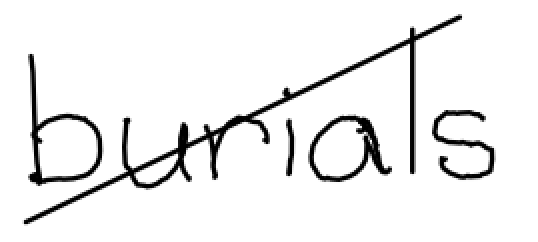
Text: burials
Cross-out: diagonal
Writing tool: digital_black